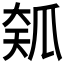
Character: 𱰅